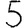
Digit: 5